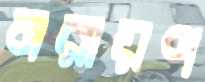
নরায়ণ